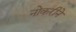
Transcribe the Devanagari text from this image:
नोकरीने